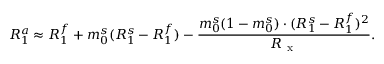
R _ { 1 } ^ { a } \approx R _ { 1 } ^ { f } + m _ { 0 } ^ { s } ( R _ { 1 } ^ { s } - R _ { 1 } ^ { f } ) - \frac { m _ { 0 } ^ { s } ( 1 - m _ { 0 } ^ { s } ) \cdot ( R _ { 1 } ^ { s } - R _ { 1 } ^ { f } ) ^ { 2 } } { R _ { \mathrm { ~ x ~ } } } .